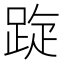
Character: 𨁁